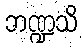
ဘဏ္ဍသိ